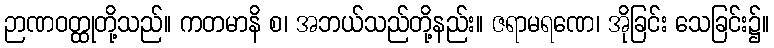
ဉာဏဝတ္ထုတို့သည်။ ကတမာနိ စ၊ အဘယ်သည်တို့နည်း။ ဇရာမရဏေ၊ အိုခြင်း သေခြင်း၌။